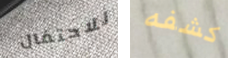
للاحتفال كشفه